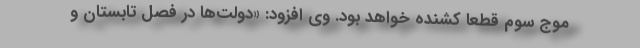
موج سوم قطعا کشنده خواهد بود. وی افزود: «دولت‌ها در فصل تابستان و